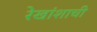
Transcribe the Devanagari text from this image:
रेखांशाची